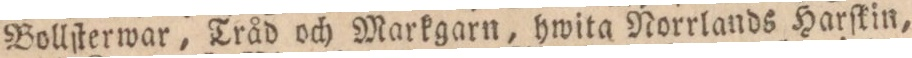
Bollſterwar, Tråd och Markgarn, hwita Norrlands Harſkin,